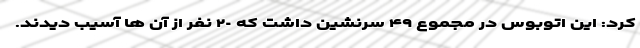
کرد: این اتوبوس در مجموع ۴٩ سرنشین داشت که ٢٠ نفر از آن ها آسیب دیدند.